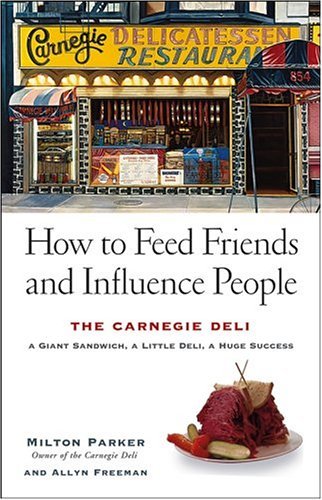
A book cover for How to Feed Friends and Influence People: The Carnegie Deli...A Giant Sandwich, a Little Deli, a Huge Success; Milton Parker; Cookbooks, Food & Wine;